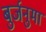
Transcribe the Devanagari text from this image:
बुर्जनुमा